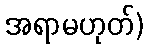
အရာမဟုတ်)